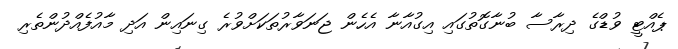
ޕެއްޓީ ވުޑްގެ ދިރާސާ ބުނާގޮތުގައި އިގުއާނާ އެހެން ޖަނަވާރުތަކަށްވުރެ ގިނައިން އަދި މާއުފެއްދުންތެރި